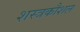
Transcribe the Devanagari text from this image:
शस्त्रकौशल